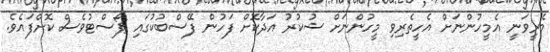
މެރީވަނީ އެމީހުންނަށް އެހީތެރިވި މީހުންނަށް ޝުކުރު އަދާކޮށް ފަހުން ފޭސްބުކުގައި ޕޯސްޓުވެސް ކޮށްފައެވެ.